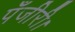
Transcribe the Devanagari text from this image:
पँजीरी।